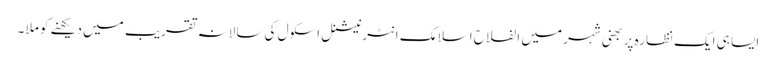
ایسا ہی ایک نظارہ پربھنی شہر میں الفلاح اسلامک انٹرنیشنل اسکول کی سالانہ تقریب میں دیکھنے کو ملا ۔